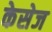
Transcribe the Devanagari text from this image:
केसेज